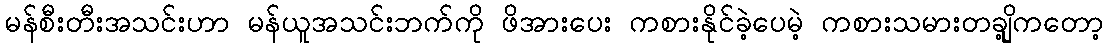
မန်စီးတီးအသင်းဟာ မန်ယူအသင်းဘက်ကို ဖိအားပေး ကစားနိုင်ခဲ့ပေမဲ့ ကစားသမားတချို့ကတော့